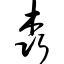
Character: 森